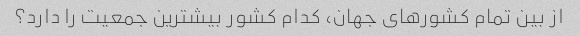
از بین تمام کشورهای جهان، کدام کشور بیشترین جمعیت را دارد؟